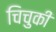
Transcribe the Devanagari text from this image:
चिचुकी